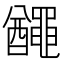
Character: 𪓰